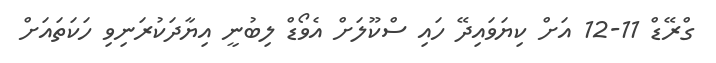
ގްރޭޑް 11-12 އަށް ކިޔަވައިދޭ ހައި ސްކޫލަށް އެވޯޑް ލިބުނީ އިޔާދަކުރަނިވި ހަކަތައަށް